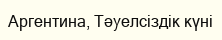
Аргентина, Тәуелсіздік күні